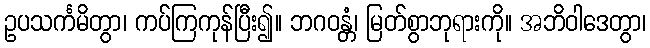
ဥပသင်္ကမိတွာ၊ ကပ်ကြကုန်ပြီး၍။ ဘဂဝန္တံ၊ မြတ်စွာဘုရားကို။ အဘိဝါဒေတွာ၊